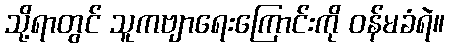
သို့ရာတွင် သူကဗျာရေးကြောင်းကို ဝန်မခံရဲ။